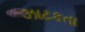
ઝાટકતા